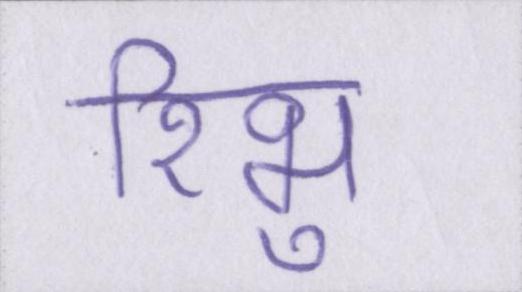
रिभु